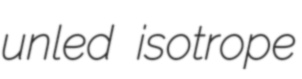
unled isotrope